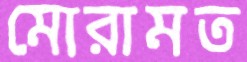
মোরামত